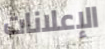
الإعلانات